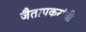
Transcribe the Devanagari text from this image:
जैतापकरांची